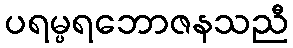
ပရမ္ပရဘောဇနသညီ